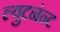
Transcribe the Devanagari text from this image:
ल्युटनंन्ट